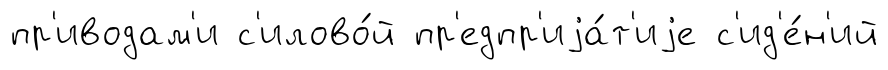
пр'иводам'и с'илово́й пр'едпр'иjа́т'иjе с'ид'е́н'ий